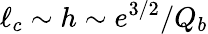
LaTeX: \ell_{c}\sim h\sim e^{3/2}/Q_{b}